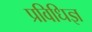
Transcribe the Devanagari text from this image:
प्रविधिज्ञ